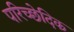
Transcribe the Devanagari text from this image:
परिच्छेदिक